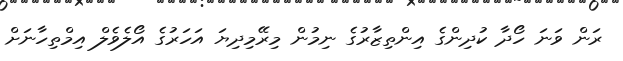
ރަން ވަނަ ހޯދާ ކުދިންގެ އިންތިޒާރުގެ ނިމުން މިރޭމިދިޔަ އަހަރުގެ އޯލެވެލް އިމްތިހާނަށް